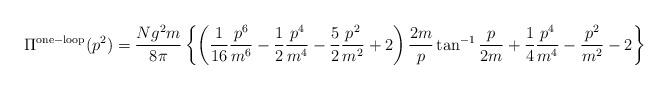
LaTeX: \begin{align*}\Pi^{\rm one-loop} (p^2) = \frac{Ng^2m}{8\pi} \left\{\left( \frac{1}{16} \frac{p^6}{m^6} -\frac{1}{2} \frac{p^4}{m^4} - \frac{5}{2} \frac{p^2}{m^2} + 2 \right) \frac{2m}{p}\tan^{-1} \frac{p}{2m} + \frac{1}{4} \frac{p^4}{m^4} - \frac{p^2}{m^2} -2 \right\}\end{align*}